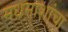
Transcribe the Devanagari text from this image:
मधमाशांचा